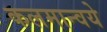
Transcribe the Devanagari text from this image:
कलमान्वये